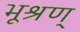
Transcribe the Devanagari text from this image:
भूश्रण्